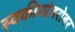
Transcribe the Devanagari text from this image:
स्वकीयांबरोबर